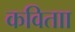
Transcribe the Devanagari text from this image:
कविताा